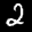
Label: 2